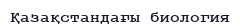
Қазақстандағы биология